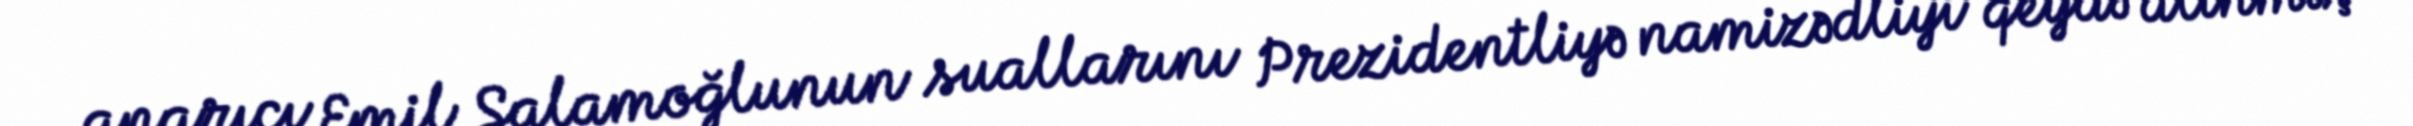
aparıcı Emil Salamoğlunun suallarını Prezidentliyə namizədliyi qeydə alınmış